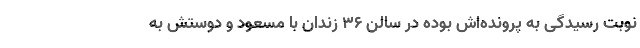
نوبت رسیدگی به پرونده‌اش بوده در سالن ۳۶ زندان با مسعود و دوستش به